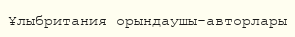
Ұлыбритания орындаушы-авторлары